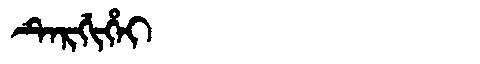
Manchu: ᡨᡝᡵᡤᡳᡥᡝᡳ
Romanization: TERGIHEI